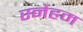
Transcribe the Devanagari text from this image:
स्नेहम